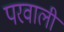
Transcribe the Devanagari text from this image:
परवाली